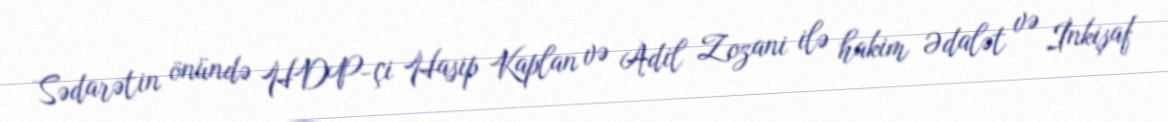
Sədarətin önündə HDP-çi Hasip Kaplan və Adil Zozani ilə hakim Ədalət və İnkişaf